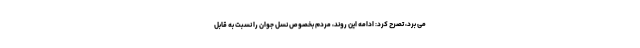
می برد، تصرح کرد: ادامه این روند، مردم بخصوص نسل جوان را نسبت به قابل